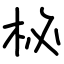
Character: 柲